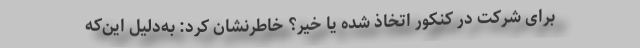
برای شرکت در کنکور اتخاذ شده یا خیر؟ خاطرنشان کرد: به‌دلیل این‌که